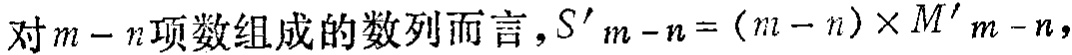
对\(m - n\)项数组成的数列而言，\(S'_{m - n}= (m - n)\times M'_{m - n}\)